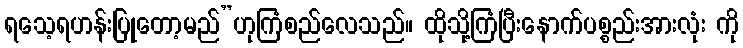
ရသေ့ရဟန်းပြုတော့မည်”ဟုကြံစည်လေသည်။ ထိုသို့ကြံပြီးနောက်ပစ္စည်းအားလုံး ကို